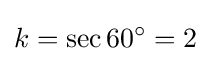
k=\sec 60^{\circ }=2